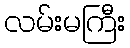
လမ်းမကြီး